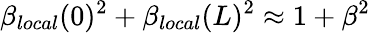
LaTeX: \beta_{local}(0)^{2}+\beta_{local}(L)^{2}\approx 1+\beta^{2}